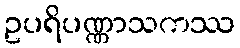
ဥပရိပဏ္ဏာသကဿ